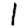
Digit: 1